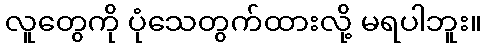
လူတွေကို ပုံသေတွက်ထားလို့ မရပါဘူး။